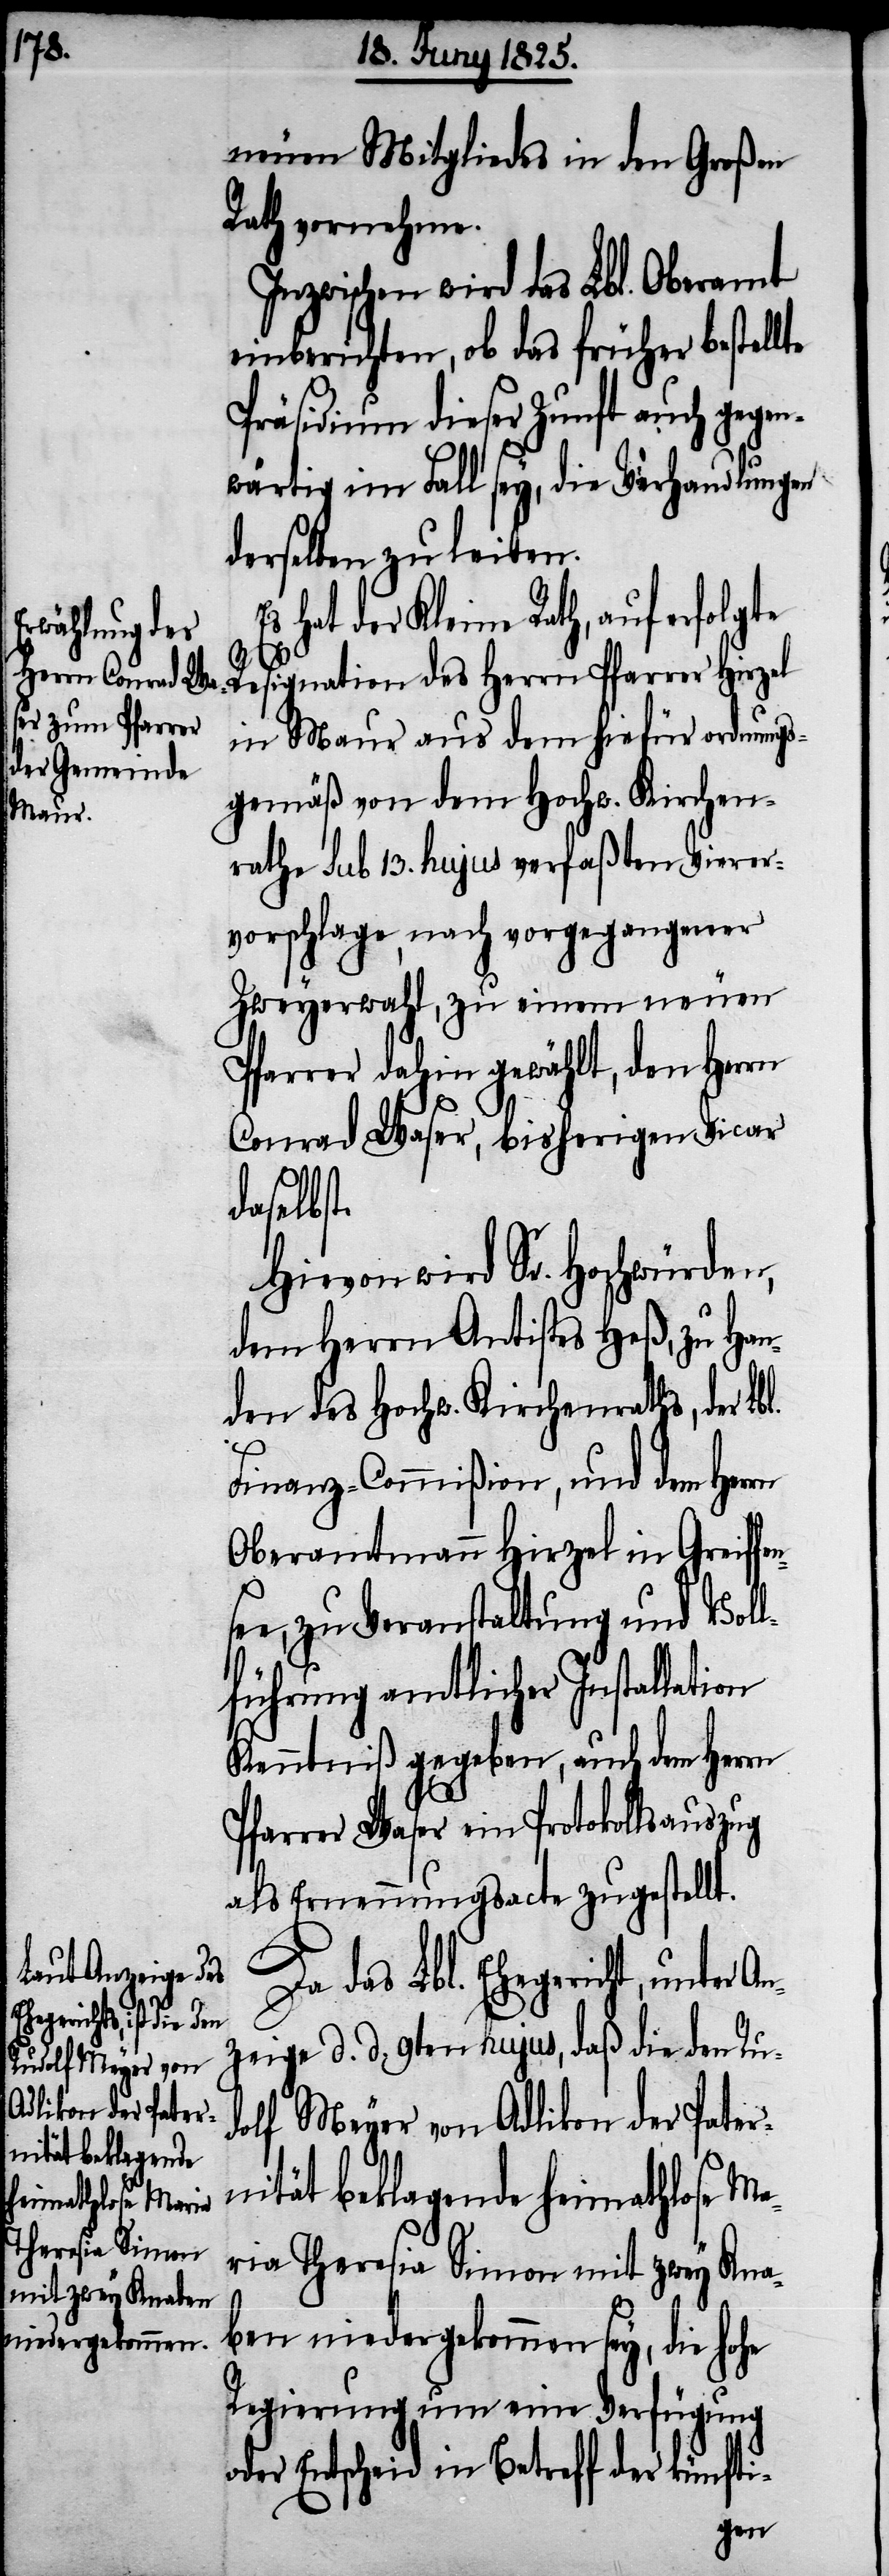
neuen Mitgliedes in den Großen
Rath vornehme.
Inzwischen wird das Lbl. Oberamt
einberichten, ob das früher bestellte
Präsidium dieser Zunft auch gegen¬
wärtig im Fall sey, die Verhandlungen
derselben zu leiten.
hat der Kleine Rath, auf erfolgte
Resignation des Herrn Pfarrer Hirzel
in Maur aus dem hiefür ordnungs¬
gemäß von dem Hochw. Kirchen¬
ense¬
rathe sub 13. hujus verfaßten Vierer¬
vorschlage, nach vorgegangener
Zweyerwahl, zu einem neuen
Pfarrer dahin gewählt, den Herrn
Conrad Waser, bisherigen Vicar
daselbst.
Hievon wird Sr. Hochwürden,
dem Herrn Antistes Heß, zu Han¬
den des Hochw. Kirchenraths, der Lbl.
Finanz-Commißion, und dem Herrn
Oberamtmann Hirzel in Greiff¬
e, zu Veranstaltung und Vol¬
lführung amtlicher Installation
Kenntniß gegeben, auch dem Herrn
Pfarrer Waser ein Protokollsauszug
als Ernennungsurkunde zugestellt.
Da das Lbl. Ehegericht, unter A¬
nzeige d. d. 9ten hujus, daß die den Ru¬
dolf Meyer von
Adlikon der Pater¬
nität beklagende Heimathlose Ma¬
ria Theresia Simon mit zwey Kna¬
ben niedergekommen sey, die
Regierung um eine Verfügung
oder Entscheid in Betreff der künfti-